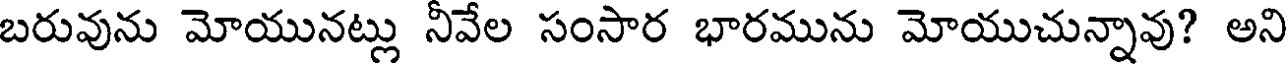
బరువును మోయునట్లు నీవేల సంసార భారమును మోయుచున్నావు? అని